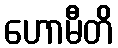
ဟောမီတိ